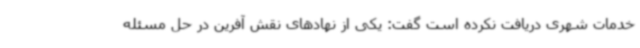
خدمات شهری دریافت نکرده است گفت: یکی از نهادهای نقش آفرین در حل مسئله